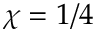
\chi = 1 / 4